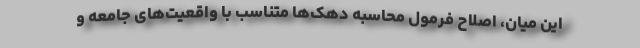
این میان، اصلاح فرمول محاسبه دهک‌ها متناسب با واقعیت‌های جامعه و